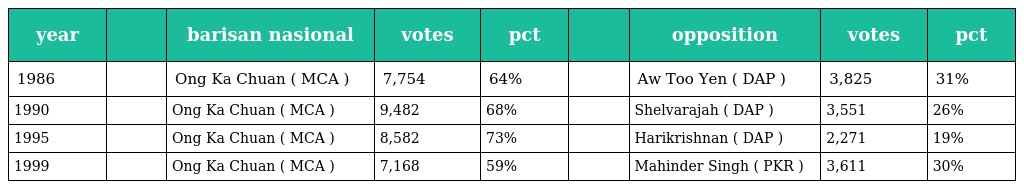
| year |  | barisan nasional | votes | pct |  | opposition | votes | pct |
 | --- | --- | --- | --- | --- | --- | --- | --- | --- |
 | 1986 |  | Ong Ka Chuan ( MCA ) | 7,754 | 64% |  | Aw Too Yen ( DAP ) | 3,825 | 31% |
 | 1990 |  | Ong Ka Chuan ( MCA ) | 9,482 | 68% |  | Shelvarajah ( DAP ) | 3,551 | 26% |
 | 1995 |  | Ong Ka Chuan ( MCA ) | 8,582 | 73% |  | Harikrishnan ( DAP ) | 2,271 | 19% |
 | 1999 |  | Ong Ka Chuan ( MCA ) | 7,168 | 59% |  | Mahinder Singh ( PKR ) | 3,611 | 30% |